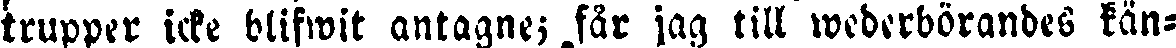
trupper icke blifwit antagne; får jag till wederbörandes kän-